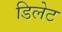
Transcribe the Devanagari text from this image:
डिलेट